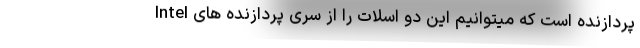
پردازنده است که میتوانیم این دو اسلات را از سری پردازنده های Intel